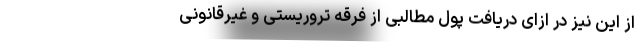
از این نیز در ازای دریافت پول مطالبی از فرقه تروریستی و غیرقانونی